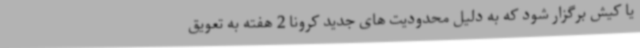
یا کیش برگزار شود که به دلیل محدودیت های جدید کرونا 2 هفته به تعویق